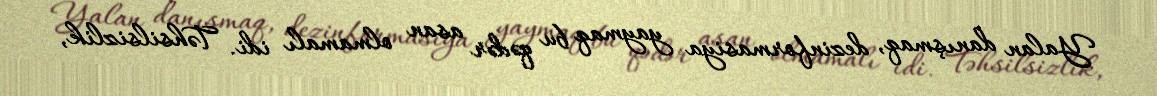
Yalan danışmaq, dezinformasiya yaymaq bu qədər asan olmamalı idi. Təhsilsizlik,